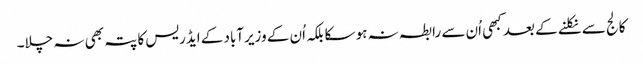
کالج سے نکلنے کے بعد کبھی اُن سے رابطہ نہ ہو سکا بلکہ اُن کے وزیرآباد کے ایڈریس کا پتہ بھی نہ چلا۔